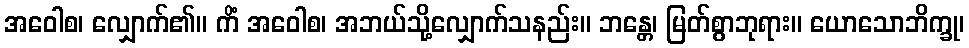
အဝေါစ၊ လျှောက်၏။ ကိံ အဝေါစ၊ အဘယ်သို့လျှောက်သနည်း။ ဘန္တေ၊ မြတ်စွာဘုရား။ ယောသောဘိက္ခု၊